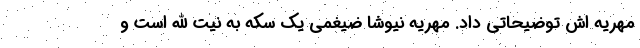
مهریه اش توضیحاتی داد. مهریه نیوشا ضیغمی یک سکه به نیت الله است و